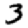
Digit: 3